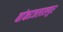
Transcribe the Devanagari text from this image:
बांकाजलालपुर